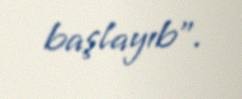
başlayıb”.